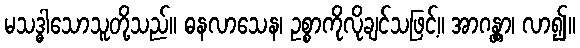
မသဒ္ဓါသောသူတို့သည်။ ဓနလာသေန၊ ဥစ္စာကိုလိုချင်သဖြင့်။ အာဂန္တွာ၊ လာ၍။